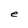
Character: e